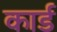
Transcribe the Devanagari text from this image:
कार्ड